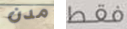
مدن فقط